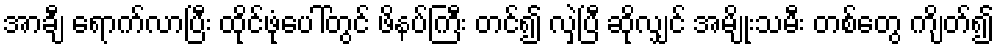
အာချီ ရောက်လာပြီး ထိုင်ဖုံပေါ်တွင် ဖိနပ်ကြီး တင်၍ လှဲပြီ ဆိုလျှင် အမျိုးသမီး တစ်တွေ ကျိတ်၍